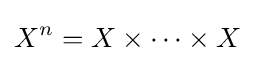
X^{n}=X\times \cdots \times X